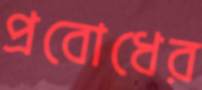
প্রবোধের